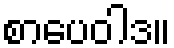
စာပေဝါဒ။